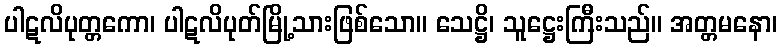
ပါဋလိပုတ္တကော၊ ပါဋလိပုတ်မြို့သားဖြစ်သော။ သေဋ္ဌိ၊ သူဋ္ဌေးကြီးသည်။ အတ္တမနော၊